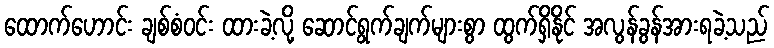
ထောက်ဟောင်း ချစ်စံဝင်း ထားခဲ့လို့ ဆောင်ရွက်ချက်များစွာ ထွက်ရှိနိုင် အလွန်ခွန်အားရခဲ့သည်